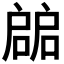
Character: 𢩙